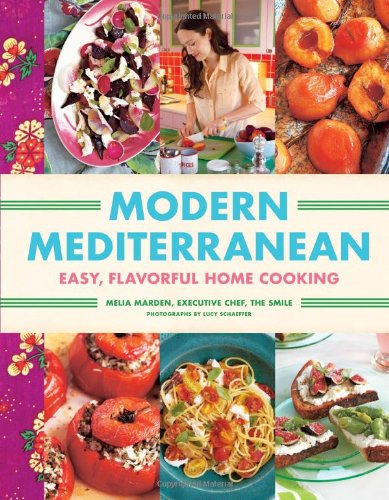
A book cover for Modern Mediterranean: Easy, Colorful, Full-Flavored Home Cooking; Melia Marden; Travel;